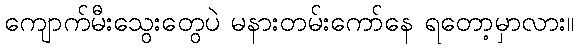
ကျောက်မီးသွေးတွေပဲ မနားတမ်းကော်နေ ရတော့မှာလား။